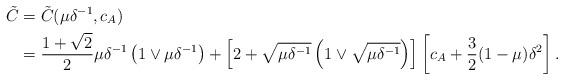
LaTeX: \begin{align*}\tilde C &= \tilde{C}(\mu \delta^{-1},c_A)\\&= \frac{1 + \sqrt{2}}{2} \mu \delta^{-1} \left(1\vee \mu \delta^{-1}\right)+ \left[2 + \sqrt{\mu \delta^{-1}}\left(1\vee \sqrt{\mu \delta^{-1}}\right)\right]\left[c_A + \frac{3}{2} (1-\mu) \delta^2\right].\end{align*}